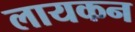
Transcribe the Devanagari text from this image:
लायकन